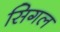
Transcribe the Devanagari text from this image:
सिगल